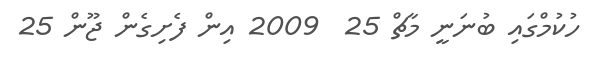
ހުކުމްގައި ބުނަނީ މާޗް 25  2009 އިން ފެށިގެން ޖޫން 25